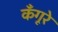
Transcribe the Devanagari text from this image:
कँगूरे